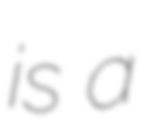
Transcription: is a